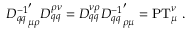
{ D _ { q q } ^ { - 1 } } _ { \mu \rho } ^ { \prime } D _ { q q } ^ { \rho \nu } = D _ { q q } ^ { \nu \rho } { D _ { q q } ^ { - 1 } } _ { \rho \mu } ^ { \prime } = \mathrm { P T } _ { \mu } ^ { \nu } \ .